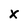
Character: X